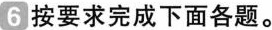
6 按要求完成下面各题。